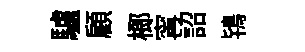
驢顧榔𡩋詔鴇